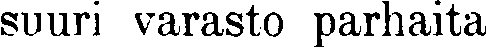
suuri varasto parhaita